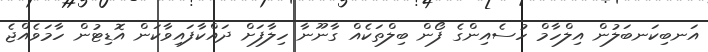
އަނބިކަނބަލުން އިލްހާމް ހުސެއިންގެ ފޯން ބިލްތަކެއް ގާނޫނާ ހިލާފަށް ދައްކާފައިވާކަން އޮޑިޓުން ހާމަވެއްޖެ